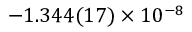
- 1 . 3 4 4 ( 1 7 ) \times 1 0 ^ { - 8 }